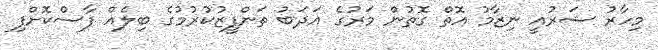
މިހާރު ޝަރުއީ ނިޒާމު އޮތް ގޮތުން މަރުގެ އަދަބު ތަންފީޒުކުރުމުގެ ބިލެއް ފާސްކޮށްފި